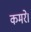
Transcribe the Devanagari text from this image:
कमरे।